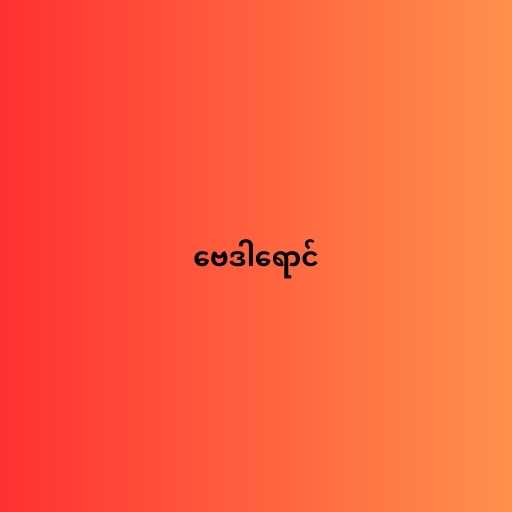
ဗေဒါရောင်